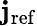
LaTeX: \mathbf{j}_{\mathrm{{ref}}}